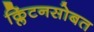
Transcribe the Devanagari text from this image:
क्लिंटनसोबत